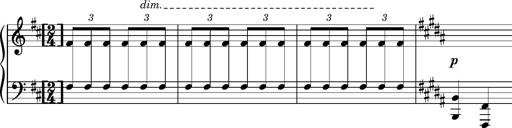
Title: Album-Leaf, S.165k
Composer: Franz Liszt
Key: B major